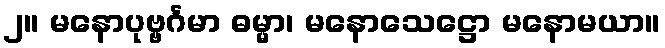
၂။ မနောပုဗ္ဗင်္ဂမာ ဓမ္မာ၊ မနောသေဋ္ဌော မနောမယာ။